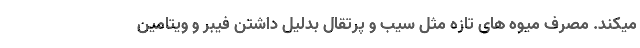
میکند. مصرف میوه های تازه مثل سیب و پرتقال بدلیل داشتن فیبر و ویتامین